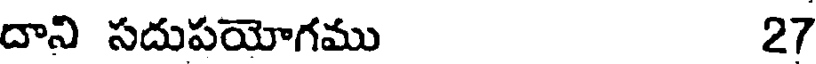
దాని సదుపయోగము 27